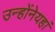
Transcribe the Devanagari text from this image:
उन्होंनेयहां